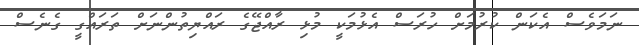
ނަމަވެސް އެކަން ކުރުމަށް ހުރަސް އެޅުމަކީ މުޅި ރާއްޖޭގެ ރައްޔިތުންނަށް ތަރައްގީ ގެނެސް